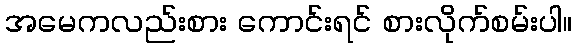
အမေကလည်းစား ကောင်းရင် စားလိုက်စမ်းပါ။